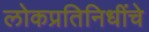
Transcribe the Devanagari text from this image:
लोकप्रतिनिधींचे